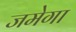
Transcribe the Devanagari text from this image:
जमेगा